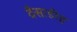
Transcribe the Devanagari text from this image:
वैसाडीह